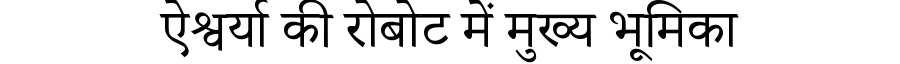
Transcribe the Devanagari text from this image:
ऐश्वर्या की रोबोट में मुख्य भूमिका